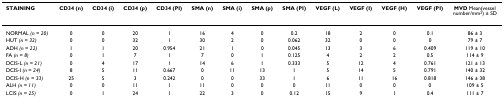
<table><thead><tr><td><b>STAINING</b></td><td><b>CD34 (n)</b></td><td><b>CD34 (i)</b></td><td><b>CD34 (p)</b></td><td><b>CD34 (PI)</b></td><td><b>SMA (n)</b></td><td><b>SMA (i)</b></td><td><b>SMA (p)</b></td><td><b>SMA (PI)</b></td><td><b>VEGF (L)</b></td><td><b>VEGF (I)</b></td><td><b>VEGF (H)</b></td><td><b>VEGF (PI)</b></td><td><b>MVD Mean(vessel number/mm<sup>2</sup>) ± SD</b></td></tr></thead><tbody><tr><td>NORMAL <i>(n = 20)</i></td><td>0</td><td>0</td><td>20</td><td>1</td><td>16</td><td>4</td><td>0</td><td>0.2</td><td>18</td><td>2</td><td>0</td><td>0.1</td><td>86 ± 3</td></tr><tr><td>HUT <i>(n = 32)</i></td><td>0</td><td>0</td><td>32</td><td>1</td><td>30</td><td>2</td><td>0</td><td>0.062</td><td>32</td><td>0</td><td>0</td><td>0</td><td>79 ± 7</td></tr><tr><td>ADH <i>(n = 22)</i></td><td>1</td><td>1</td><td>20</td><td>0.954</td><td>21</td><td>1</td><td>0</td><td>0.045</td><td>13</td><td>3</td><td>6</td><td>0.409</td><td>119 ± 10</td></tr><tr><td>FA <i>(n = 8)</i></td><td>0</td><td>1</td><td>7</td><td>1</td><td>7</td><td>0</td><td>1</td><td>0.125</td><td>4</td><td>2</td><td>2</td><td>0.5</td><td>114 ± 9</td></tr><tr><td>DCIS-L <i>(n = 21)</i></td><td>0</td><td>4</td><td>17</td><td>1</td><td>14</td><td>6</td><td>1</td><td>0.333</td><td>5</td><td>12</td><td>4</td><td>0.761</td><td>121 ± 13</td></tr><tr><td>DCIS-I <i>(n = 24)</i></td><td>8</td><td>5</td><td>11</td><td>0.667</td><td>0</td><td>11</td><td>13</td><td>1</td><td>5</td><td>14</td><td>5</td><td>0.791</td><td>140 ± 32</td></tr><tr><td>DCIS-H <i>(n = 33)</i></td><td>25</td><td>5</td><td>3</td><td>0.242</td><td>0</td><td>0</td><td>33</td><td>1</td><td>6</td><td>11</td><td>16</td><td>0.818</td><td>146 ± 38</td></tr><tr><td>ALH <i>(n = 11)</i></td><td>0</td><td>0</td><td>11</td><td>1</td><td>11</td><td>0</td><td>0</td><td>0</td><td>11</td><td>0</td><td>0</td><td>0</td><td>109 ± 5</td></tr><tr><td>LCIS <i>(n = 25)</i></td><td>0</td><td>1</td><td>24</td><td>1</td><td>22</td><td>3</td><td>0</td><td>0.12</td><td>15</td><td>9</td><td>1</td><td>0.4</td><td>111 ± 7</td></tr></tbody></table>